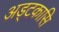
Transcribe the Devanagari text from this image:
अड्टकासि